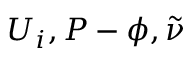
U _ { i } , P - \phi , \tilde { \nu }